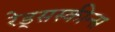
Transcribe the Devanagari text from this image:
रेड्सस्कीन्स